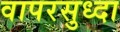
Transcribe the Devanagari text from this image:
वापरसुध्दा